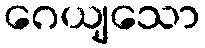
ဂေယျသော